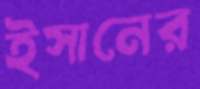
ইসানের